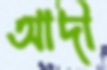
আদী